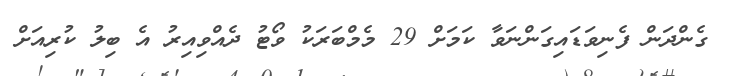
ގެންދަން ފެނިވަޑައިގަންނަވާ ކަމަށް 29 މެމްބަރަކު ވޯޓު ދެއްވިއިރު އެ ބިލު ކުރިއަށް